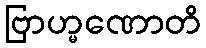
ဗြာဟ္မဏောတိ